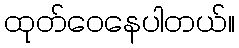
ထုတ်ဝေနေပါတယ်။